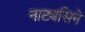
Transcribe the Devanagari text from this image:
नाट्यसिने